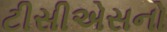
ટીસીએસનો